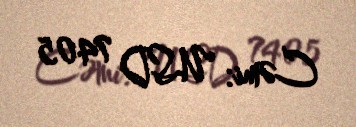
Cəmi: USD 7405